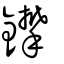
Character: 鑻